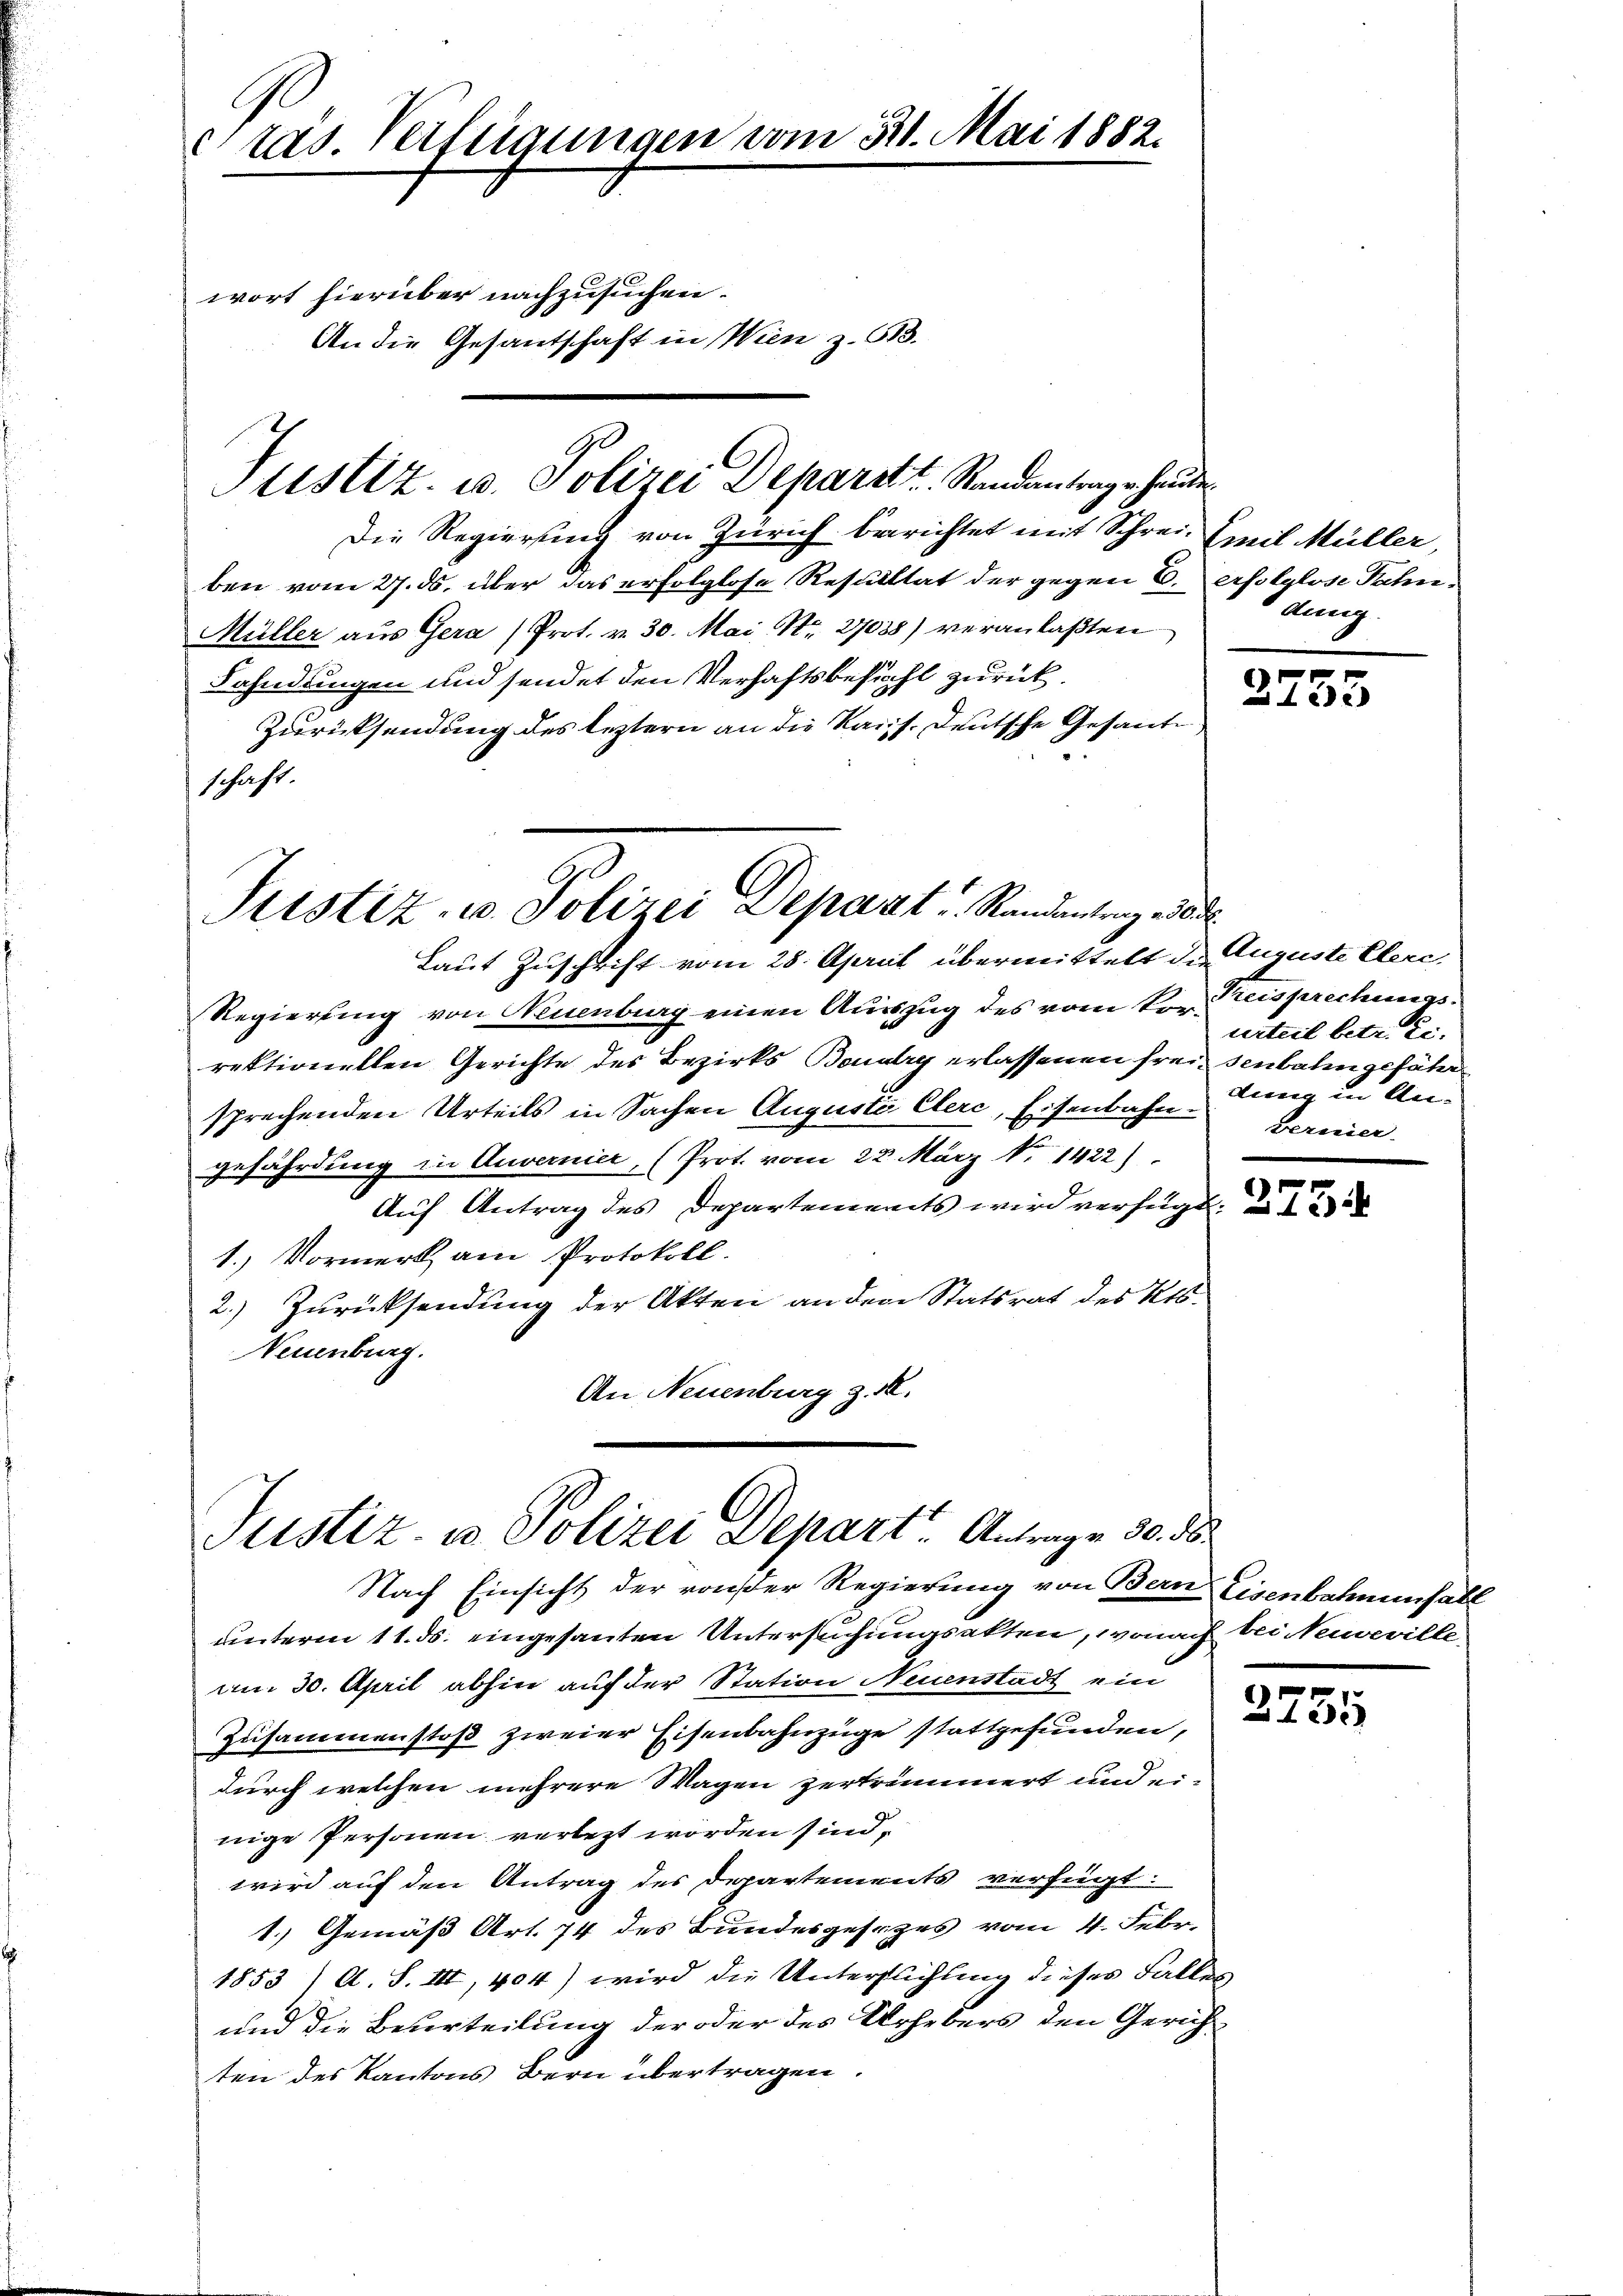
Gras. Verfügungen vom 31. Mai 1882.
wort hierüber nachzusuchen.
An die Gesantschaft in Wien z. 613.
J

Justiz- u. Polizei Deparatt. Standantrage hande

Justiz- u. Polizei Depart Randantrag es d

Die Regierung von Zürich berichtet mit Schrei. Emil Müller,
ben vom 27. ds. über das erfolglose Resultat der gegen 6. erfolglose Fahn¬
Müller aus Gera (Prot. v. 30. Mai Nr. 27038) veranlaßten
Fahndungen und sendet den Verhaftsbesucht zurück¬
Zurücksendung des leztern an die Kais. Deutsche Gesante
schaft.

Laut Zuschrift vom 28. April übermittelt der Auguste Elere,
Regierung von Neuenburg einen Ausszug des vom vor. Preisprechungsrektionellen Gerichte des Bezirks Boudry erlassenen frei senbahn gefähr
sprechenden Urteils in Sachen Augusti Clerc, Eisenbahn Berner
gefährdung in Auvernier, (Prot. vom 22. März No 1422)
Auf Antrag des Departements wird verfügt:
1.) Vormerk am Protokoll.
2.) Zurücksendung der Akten an dem Statsrat des Kts.
Neuenburg.
An Neuenburg z. R.

Justiz- u. Polizei Depart Antrage 30. d.
Nach Einsicht der von der Regierung von Bern Eisenbahnenfall

dung.

unterm 11. ds. eingesanten Untersuchungsakten, wonach bei Neuveville,
am 30. April abhin auf der Station Neuenstadt ein
Zusammenstoß zweier Eisenbahnzüge stattgefunden,
durch welchen mehrere Wagen zerträumert und einige Personen verletzt worden sind,
wird auf den Antrag des Departements verfügt:
1.) Gemäß Art. 74 des Bundesgesezes vom 4. Febr.
1853 / A. S. III, 404) wird die Untersuchung dieses Falles
und die Beverteilung der oder des Urhebers den Gerichten des Kantons Bern übertragen.

e
e

urteil betr. Ex.
dung in An¬

3755